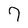
Character: 7